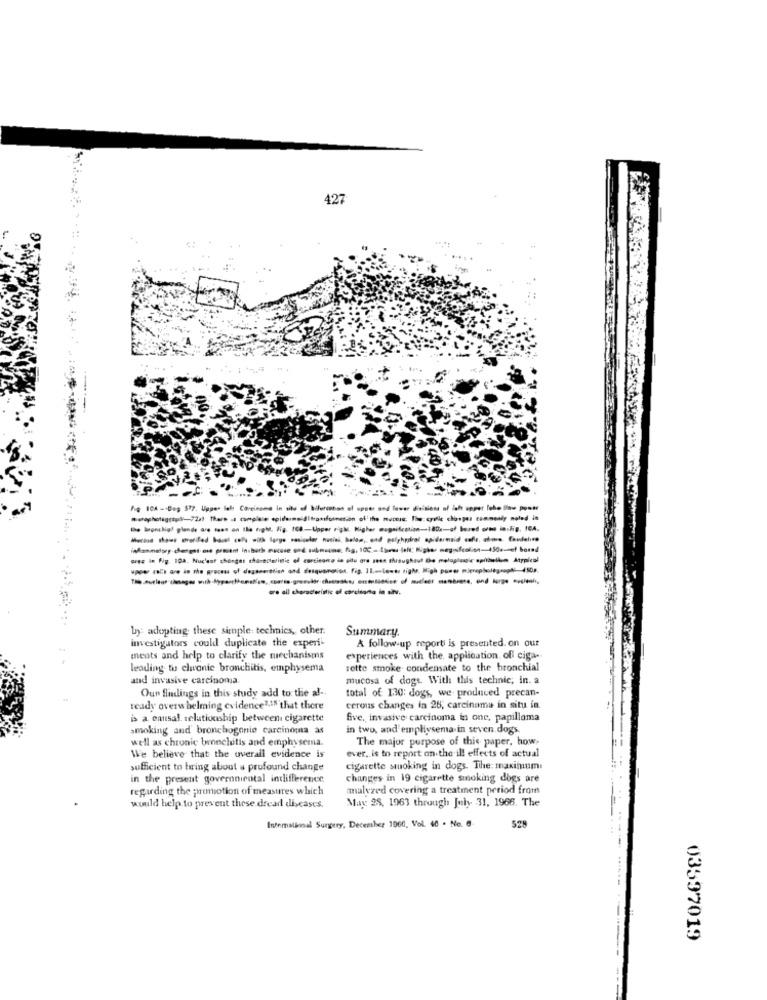
427
Rg ICA -- Deş 572. Uppes lel Carcinoma in situ el bilenceton of spor and laver dieses of ich upper febo leu ponte
ores in Fig. 104. Nuc'est chongos characteristic of corcingno in situ are seen thisughaut De molaplastic spillallem Atypical
ce ail characteristic of carcigna in aiNv.
by: adopting these simple: technics, other.
Summary.
investigators could duplicate the experi-
A follow-up reporti is presented. on our
ments and help to clarify the mechanisms
experiences with the application of ciga.
leading tu clwanie bronchitis, emphysema
rette smoke condensate to the bronchial
and invasive carcinoma
mucosa of doge With this technic; in. a
Oun findings in this study add to: the al -.
total of 130: dogs, we- produced precan-
ready overwhelming evidence2,15 that there
cerous changes in 26; carcinoma in situ in.
is a omisal. relationship between cigarette
five, invasive carcinoma in one, papilloma
smoking and bronchogonio carcinoma as
in two, and' empliysema in seven.dogs.
well as chronic bronelutis and emphysema.
The major purpose of this paper. how.
We believe that the overall evidence is
ever, is to report on the ill effects of actual
sufficient to bring about a profound change
cigarette smoking in dogs. The: maximum
in the present governniental indifference
changes in 19 cigarette smoking dogs are
regarding the promotion of measures which
amalvzed covering a treatment period from
May 28. 1963 through July 31, 1966. The
would help to prevent these dread diseases.
Intemalinnal Surgery, December 1060, Vol. 40 . No. 6.
528
03597019